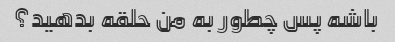
باشه پس چطور به من حلقه بدهید؟